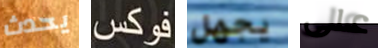
يحدث فوكس يجهل على